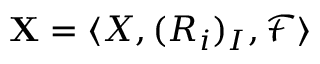
\mathbf { X } = \langle X , ( R _ { i } ) _ { I } , { \mathcal { F } } \rangle